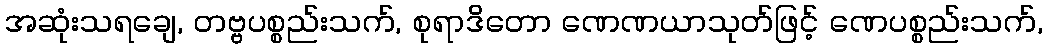
အဆုံးသရချေ, တဗ္ဗပစ္စည်းသက်, စုရာဒိတော ဏေဏယာသုတ်ဖြင့် ဏေပစ္စည်းသက်,